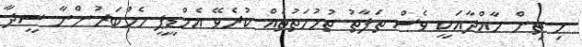
މި ތިން މާއްދާއަކީ ވެސް ތަފާތު ތުހުމަތުތައް ކުރެވޭ އެމްޑީޕީ މެމްބަރުންނާ ސީދާ